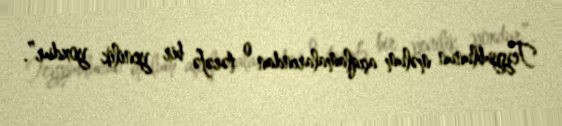
Teyyublunun məlum açıqlamalarından o tərəfə bir yenilik yoxdur”.